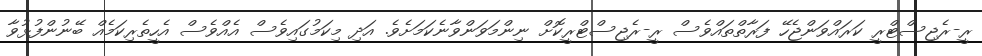
ރީ-ރެޖިސްޓްރީ ކަރައްވަންޖެހޭ ފަރާތްތައްވެސް ރީ-ރެޖިސްޓްރީކޮށް ނިންމަވަންވާނެކަމަށެވެ. އަދި މިކަމުގައިވެސް އެއްވެސް އެހީތެރިކަމެއް ބޭނުންފުޅުވާ